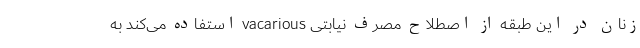
زنان در این طبقه از اصطلاح مصرف نیابتی vacarious استفاده می‌کند به